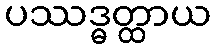
ပဿဒ္ဓတ္ထာယ